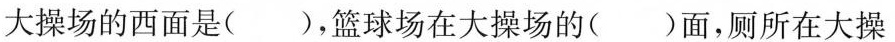
教室↑北花坛 大操场 厕所篮球场大操场的西面是(